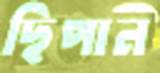
ছিপান